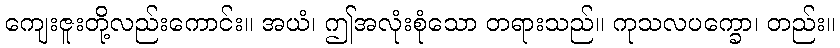
ကျေးဇူးတို့လည်းကောင်း။ အယံ၊ ဤအလုံးစုံသော တရားသည်။ ကုသလပက္ခော၊ တည်း။